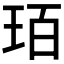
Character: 𤤿